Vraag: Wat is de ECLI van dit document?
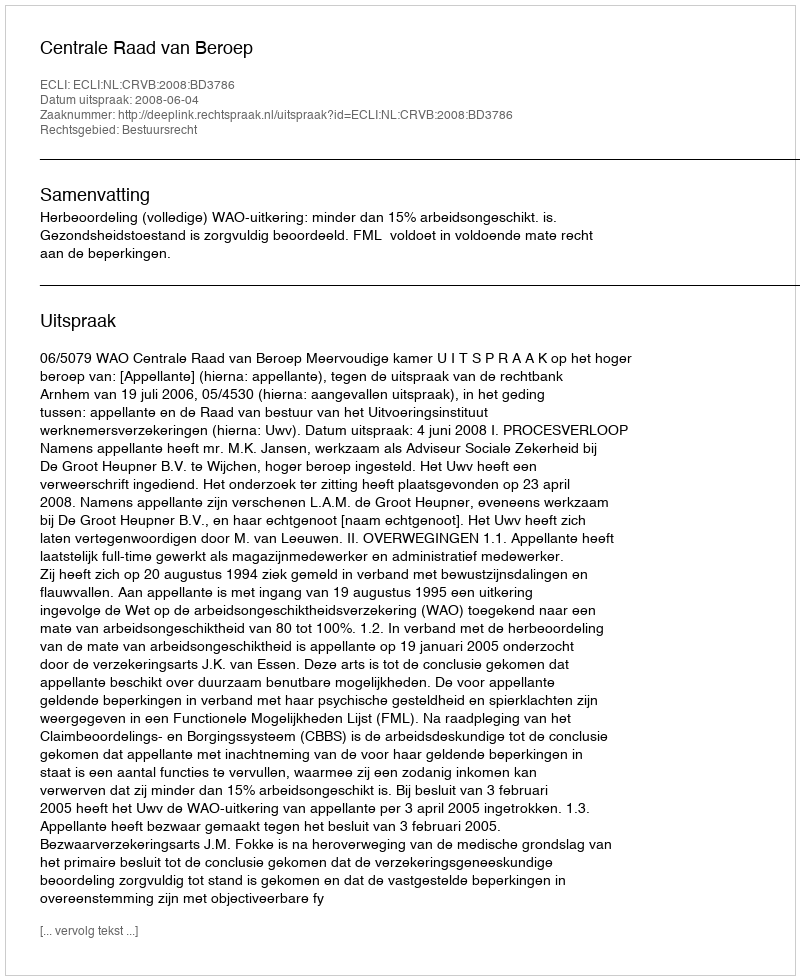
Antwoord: ECLI:NL:CRVB:2008:BD3786